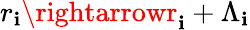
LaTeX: r_{\mathbf{i}}\rightarrowr_{\mathbf{i}}+\Lambda_{\mathbf{i}}